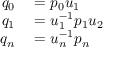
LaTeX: \begin{array} { r l } { q _ { 0 } } & { { } = p _ { 0 } u _ { 1 } } \\ { q _ { 1 } } & { { } = u _ { 1 } ^ { - 1 } p _ { 1 } u _ { 2 } } \\ { q _ { n } } & { { } = u _ { n } ^ { - 1 } p _ { n } } \end{array}